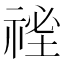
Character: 𥚐